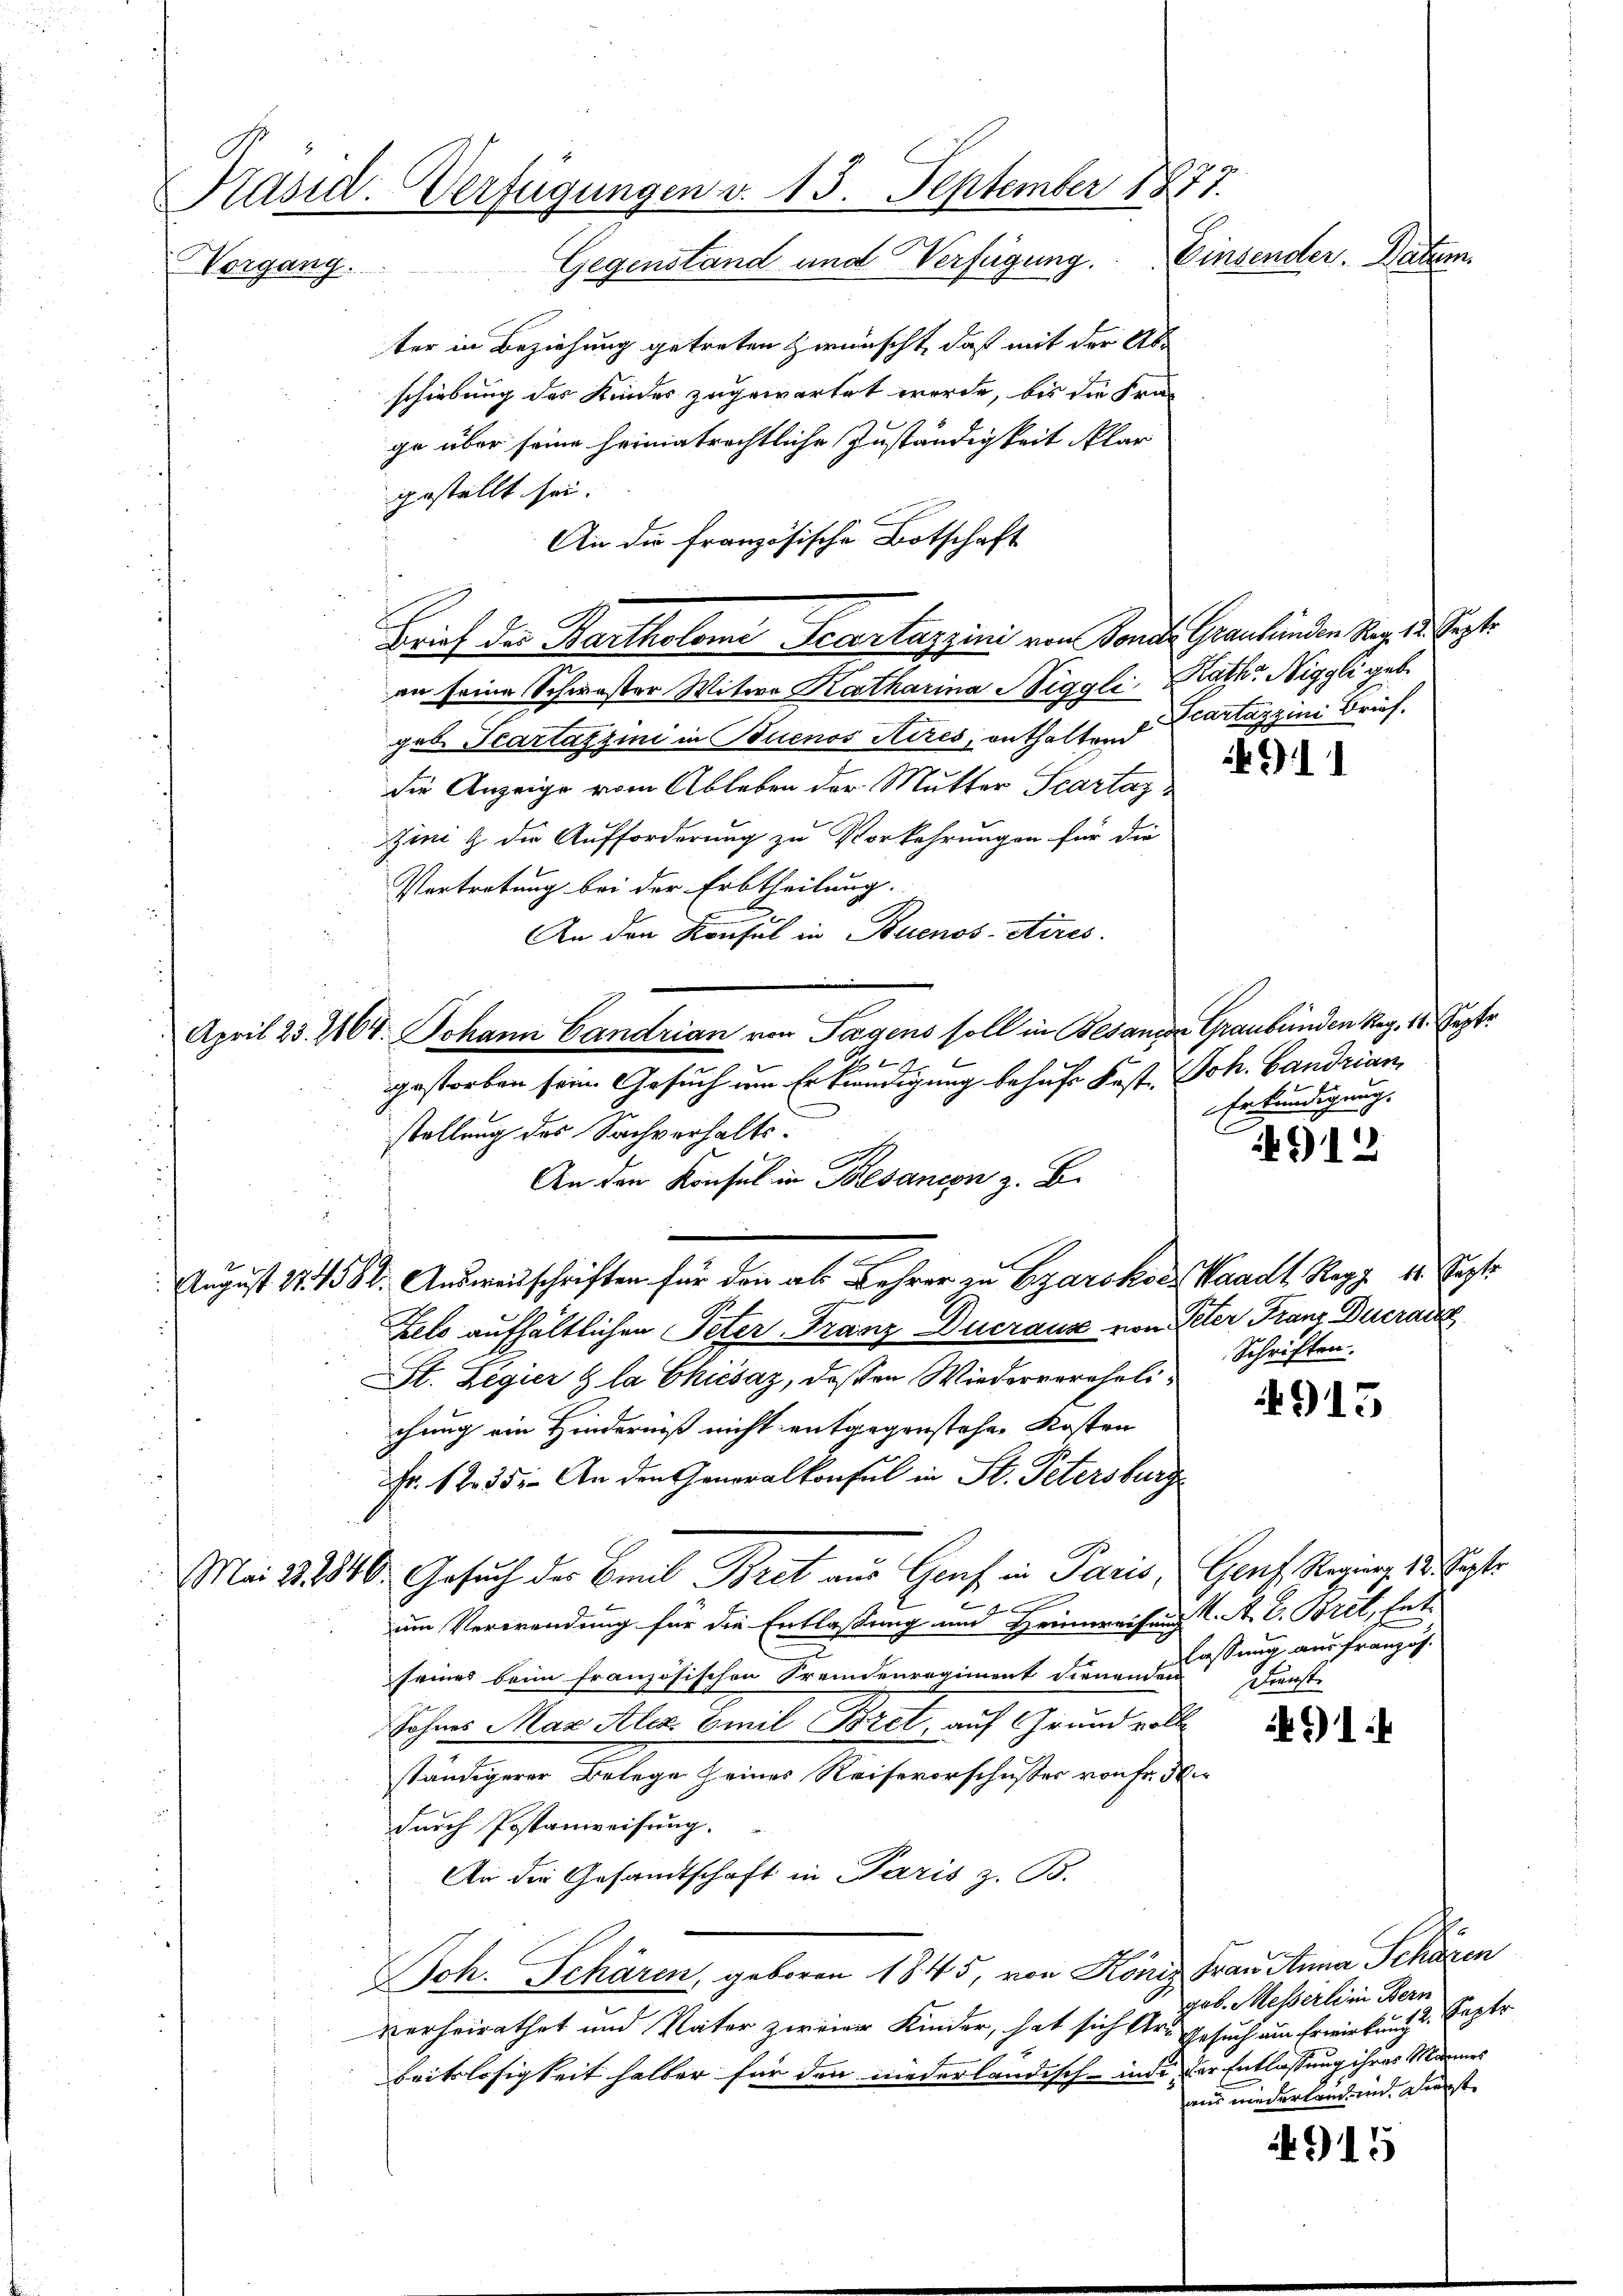
Präsid. Verfügungen v. 15. September 1877.
Einsender. Paten
Gegenstand und Verfügung.
Vorgang.

ter in Beziehung getreten zwünscht, daß mit der Abschiebung des Kindes zugewartet werde, bis die Frage über seine heimatrechtliche Zuständigkeit klar
gestellt sei.
An die Französische Botschaft
Brief des Bartholomi Scartazzini von Sonde Graubünden Mag. 12. Sept.
an seine Schwester Witwe Katharina Niggli, Kath Niggli geb.
geb. Scartazzini in Buenos Aires, enthaltend cartaggini Brief.
die Anzeige vom Ableben der Mutter Scartaz¬
Zini & die Aufforderung zu Vorkehrungen für die
Vertretung bei der Erbtheilung.
F
An den Konsul in Buenos-Aires.
April 23. 1164. Johann Candrian von Tagens soll in Besanzen Graubünden Reg. 11. Septe
S
gestorben sein. Gesuch um Erkendigung behufs Fest. Joh. Landrian
stellung des Sachverhalts¬
An den Konsul in Besanzen z. B.
S
 August 171582. Ausweisschriften für den als Lehrer zu Egarskoer Waadt Repp. 18. Sept.
Fels aufhältlichen Peter Franz Ducraus von Peter Franz Eueranz
St. Legier & la Chicsaz, deßen Wiedervereheli-
chung ein Hinderniß nicht entgegenstehen Kosten
Fr. 12. 35. An den Generalkonsul in St. Petersburg
Mai 18810. Gesuch der Emil Bret aus Graf in Paris, Genf, Regieng 13. Septe

um Verwendung für die Entlassung und Heimweisung C. A. E. Bret, Ent-
seines beim französischen Fremdenregiment dienenden
Sohnes Mar Aler. Emil Bret, auf Grund voll
ständigerer Belege seines Reisevorschusser von Fr. 30.
durch Postanweisung.
An die Gesandtschaft in Paris z. B.
Joh. Schären, geboren 1845, von Köniz Frau Anna Schären
verheirathet und Vater zweiger Kinder, hat sich Art Gesuch um Erwirkungs-Kapto
beitslosigkeit halber für den niederländisch-inde der Entlassung ihres Mannes

11

Erkundigung.

912

Schriften.

4915

lassung aus französ.
Dienst

491.

geb. Messerli in Bern
ai wiederlanden Diet

4915